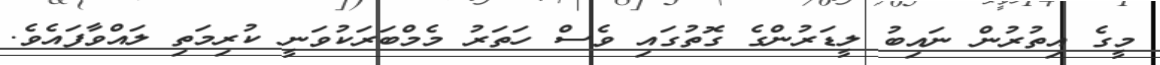
މީގެ އިތުރުން ނައިބު ލީޑަރުންގެ ގޮތުގައި ވެސް ހަތަރު މެމްބަރަކުވަނީ ކުރިމަތި ލައްވާފައެވެ.